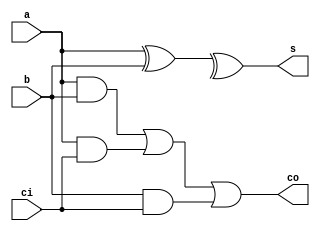
module fulladder_1bit (
	input  a,
	input  b,
	input  ci,
	output s,
	output co );

	assign s = a ^ b ^ cin;
	assign co = a & b | a & ci | b & ci;

endmodule